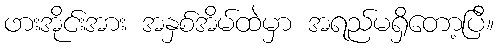
ဖားအိုင်းအား အနှစ်အိမ်ထဲမှာ အရည်မရှိတော့ပြီ။